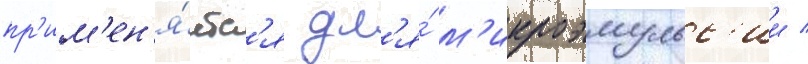
пр'им'ен'я́етс'я дл'я́ м'икроэмульс'ии /